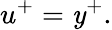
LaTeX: u^{+}=\mathit{y}^{+}.